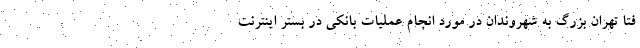
فتا تهران بزرگ به شهروندان در مورد انجام عملیات بانکی در بستر اینترنت